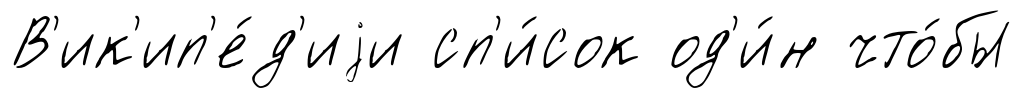
В'ик'ип'е́д'иjи сп'и́сок од'и́н что́бы